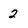
Character: 2